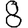
Digit: 8